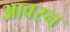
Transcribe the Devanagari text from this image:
आवरन